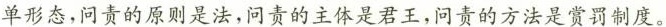
单形态，问责的原则是法，问责的主体是君王，问责的方法是赏罚制度。